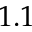
1 . 1